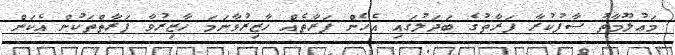
މަޢުލޫމާތު ސާފުކުރާ ފަރާތުގެ ބަދަލުގައި އެހެން ފަރާތެއް ހާޒިރުވާނަމަ ހާޒިރުވާ ފަރާތްތަކުން އެކަން